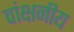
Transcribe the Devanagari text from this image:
वांक्षनीय